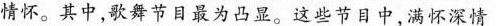
情怀。其中，歌舞节目最为凸显。这些节目中，满怀深情